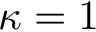
\protect \kappa = 1